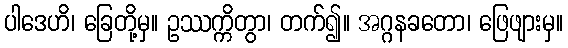
ပါဒေဟိ၊ ခြေတို့မှ။ ဥဿက္ကိတွာ၊ တက်၍။ အဂ္ဂနခတော၊ ဖြေဖျားမှ။